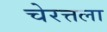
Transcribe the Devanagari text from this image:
चेरत्तला